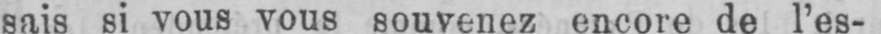
sais si vous vous souvenez encore de l’es-